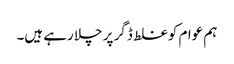
ہم عوام کو غلط ڈگر پر چلا رہے ہیں۔